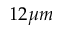
1 2 \mu m